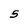
Character: S